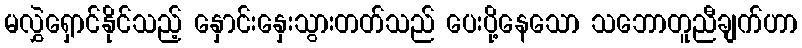
မလွှဲရှောင်နိုင်သည့် နှောင်းနှေးသွားတတ်သည် ပေးပို့နေသော သဘောတူညီချက်ဟာ